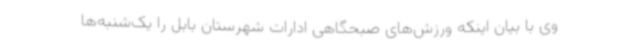
وی با بیان اینکه ورزش‌های صبحگاهی ادارات شهرستان بابل را یک‌شنبه‌ها